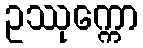
ဥဿုက္ကော